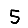
Digit: 5